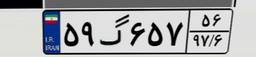
۵۹گ۶۵۷۵۶